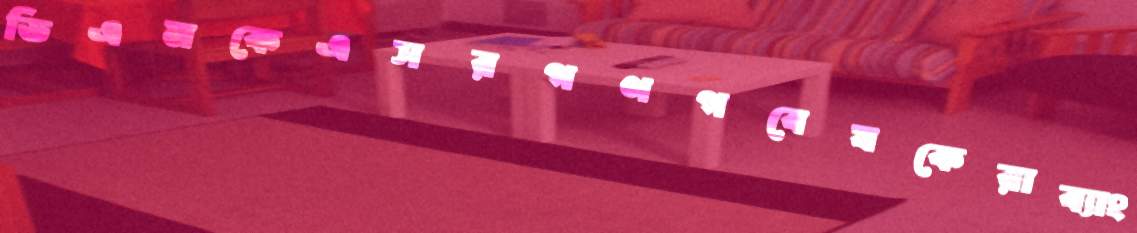
ডিএমকেএসরগণগবেষকেরাব্যাং